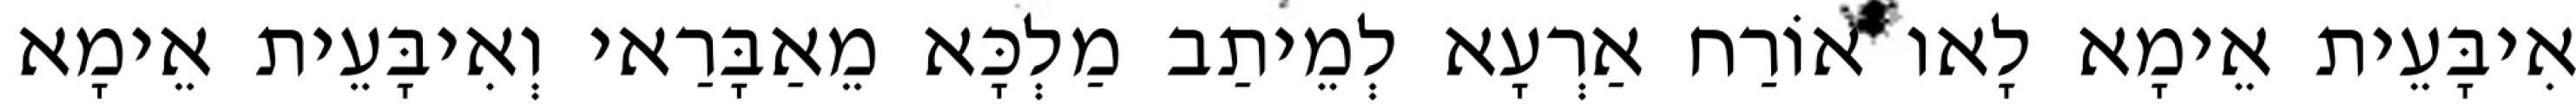
אִיבָּעֵית אֵימָא לָאו אוֹרַח אַרְעָא לְמֵיתַב מַלְכָּא מֵאַבָּרַאי וְאִיבָּעֵית אֵימָא